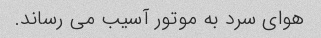
هوای سرد به موتور آسیب می رساند.